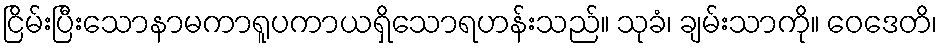
ငြိမ်းပြီးသောနာမကာရူပကာယရှိသောရဟန်းသည်။ သုခံ၊ ချမ်းသာကို။ ဝေဒေတိ၊